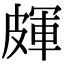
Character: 皹